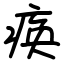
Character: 痪